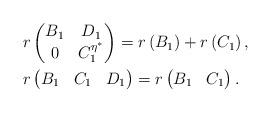
LaTeX: \begin{align*}&r\begin{pmatrix}B_{1} & D_{1} \\0 & C_{1}^{\eta^{\ast}}\end{pmatrix}=r\left(B_{1}\right)+r\left(C_{1}\right),\\& r\begin{pmatrix}B_{1} & C_{1} & D_{1}\end{pmatrix}=r\begin{pmatrix}B_{1} & C_{1}\end{pmatrix} .\end{align*}